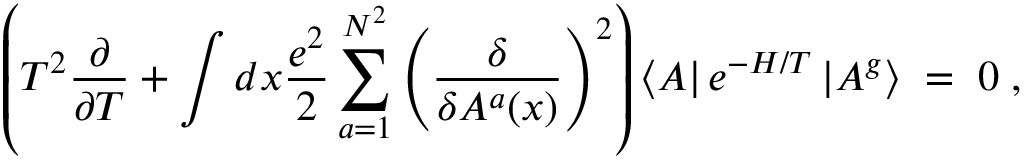
\left( T ^ { 2 } \frac { \partial } { \partial T } + \int d x \frac { e ^ { 2 } } { 2 } \sum _ { a = 1 } ^ { N ^ { 2 } } \left( \frac { \delta } { \delta A ^ { a } ( x ) } \right) ^ { 2 } \right) \left< A \right| e ^ { - H / T } \left| A ^ { g } \right> \; = \; 0 \; ,